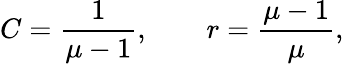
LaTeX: C={\frac{1}{\mu-1}},\quad\quad r={\frac{\mu-1}{\mu}},